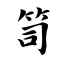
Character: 笥